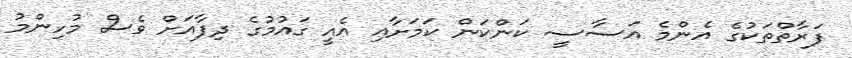
ފަރާތްތަކުގެ އެންމެ އަސާސީ ކަންކަން ކަމަށާއި އެއީ ގައުމުގެ ދިފާއަށް ވެސް މުހިންމު